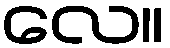
လေ။